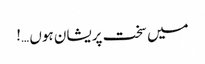
میں سخت پریشان ہوں …!